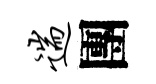
遄團